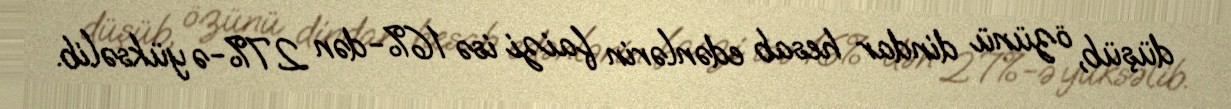
düşüb, özünü dindar hesab edənlərin faizi isə 16%-dən 27%-ə yüksəlib.